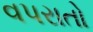
વપરાતો